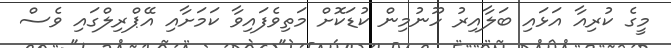
މީގެ ކުރިއާ އަޅައި ބަލާއިރު ހޫނުމިން ކުޑަކޮށް މަތިވެފައިވާ ކަމަށާއި އޭޕްރިލްގައި ވެސް